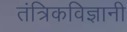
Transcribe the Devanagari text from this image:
तंत्रिकविज्ञानी